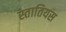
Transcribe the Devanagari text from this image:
स्तातियस